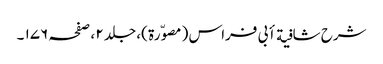
شرح شافیة أبی فراس ( مصوّرة )، جلد ٢ ، صفحہ ١٧٦ ۔